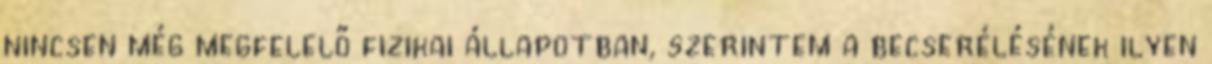
nincsen még megfelelő fizikai állapotban, szerintem a becserélésének ilyen